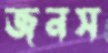
জনস